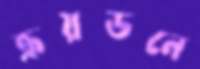
ক্রয়ডনে